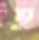
হ